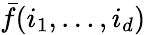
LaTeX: \bar{f}(i_{1},\ldots,i_{d})